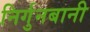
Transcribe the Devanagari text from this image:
निर्गुनबानी